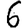
Digit: 6